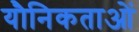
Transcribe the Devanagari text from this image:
यौनिकताओं